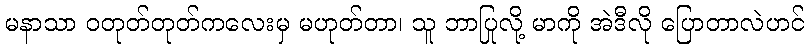
မနာသာ ဝတုတ်တုတ်ကလေးမှ မဟုတ်တာ၊ သူ ဘာပြုလို့ မာကို အဲဒီလို ပြောတာလဲဟင်